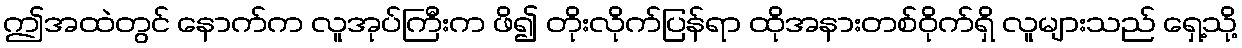
ဤအထဲတွင် နောက်က လူအုပ်ကြီးက ဖိ၍ တိုးလိုက်ပြန်ရာ ထိုအနားတစ်ဝိုက်ရှိ လူများသည် ရှေ့သို့